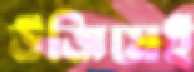
উজিয়েই